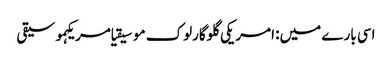
اسی بارے میں: امریکی گلوگارلوک موسیقیامریکہموسیقی